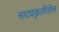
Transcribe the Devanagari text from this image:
नाट्यकृतींतील